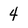
Character: 4